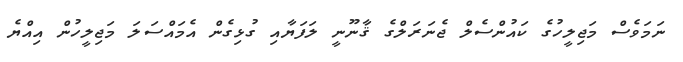
ނަމަވެސް މަޖިލީހުގެ ކައުންސެލް ޖެނަރަލްގެ ޤާނޫނީ ލަފަޔާއި ގުޅިގެން އެމައްސަލަ މަޖިލީހުން އިއްޔެ